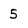
Character: 5